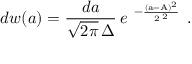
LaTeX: d w ( a ) = \frac { d a } { \sqrt { 2 \pi } \, \Delta } \, e ^ { \mathrm { \large ~ - \frac { ( a - A ) ^ { 2 } } { 2 \Delta ^ { 2 } } ~ } } .